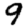
Digit: 9